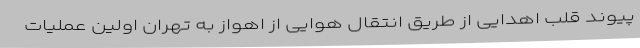
پیوند قلب اهدایی از طریق انتقال هوایی از اهواز به تهران اولین عملیات